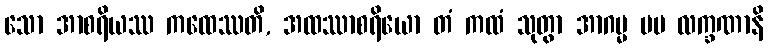
သော အာစရိယဿ ကထေဿတိ, အထဿာစရိယော တံ ကထံ သုတွာ အာဂမ္မ မမ လက္ခဏာနိ